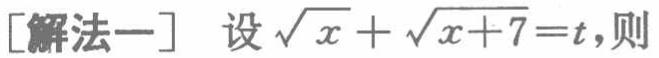
[解法一] 设\(\sqrt{x}+\sqrt{x + 7}=t\)，则